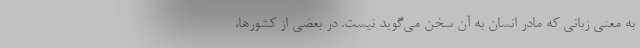
به معنی زبانی که مادر انسان به آن سخن می‌گوید نیست. در بعضی از کشورها،